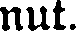
nut.